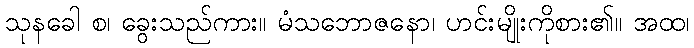
သုနခေါ စ၊ ခွေးသည်ကား။ မံသဘောဇနော၊ ဟင်းမျိုးကိုစား၏။ အထ၊